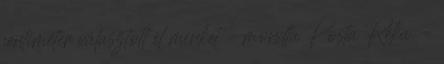
centiméter választott el minket – mondta Posta Réka. –